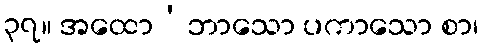
၃၇။ အထော’ဘာသော ပကာသော စာ၊